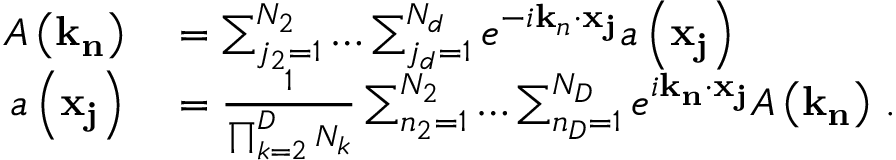
\begin{array} { r l } { A \left( \mathbf { k } _ { \mathbf { n } } \right) } & { { } = \sum _ { j _ { 2 } = 1 } ^ { N _ { 2 } } \ldots \sum _ { j _ { d } = 1 } ^ { N _ { d } } e ^ { - i \mathbf { k } _ { n } \cdot \mathbf { x } _ { \mathbf { j } } } a \left( \mathbf { x } _ { \mathbf { j } } \right) \, } \\ { a \left( \mathbf { x } _ { \mathbf { j } } \right) } & { { } = \frac { 1 } { \prod _ { k = 2 } ^ { D } N _ { k } } \sum _ { n _ { 2 } = 1 } ^ { N _ { 2 } } \ldots \sum _ { n _ { D } = 1 } ^ { N _ { D } } e ^ { i \mathbf { k } _ { \mathbf { n } } \cdot \mathbf { x } _ { \mathbf { j } } } A \left( \mathbf { k } _ { \mathbf { n } } \right) \, . } \end{array}